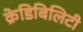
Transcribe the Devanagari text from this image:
क्रेडिबिलिटी